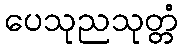
ပေသုညသုတ္တံ